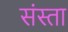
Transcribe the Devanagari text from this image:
संस्ता